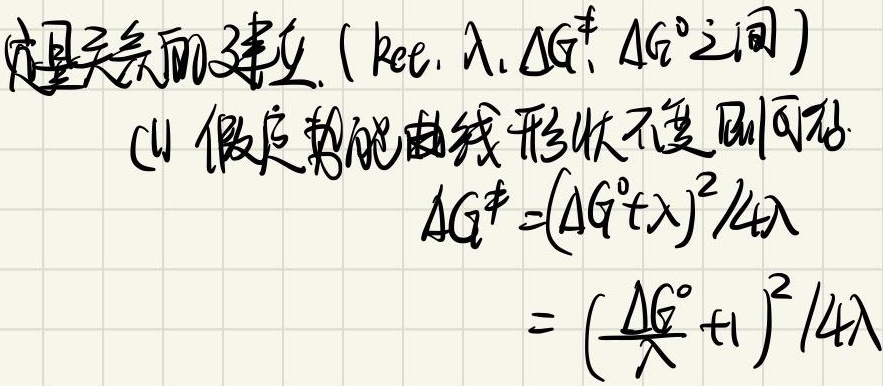
定量关系的建立.（$k_{ee}$, $\lambda$, $\Delta G^{\neq}$, $\Delta G^{0}$之间）
(1) 假定势能曲线形状不变则可以
$\Delta G^{\neq}=(\Delta G^{0}+\lambda)^{2}/4\lambda$
$= (\frac{\Delta G^{0}}{\lambda}+1)^{2}/4\lambda$